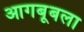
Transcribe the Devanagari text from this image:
आगबूबला